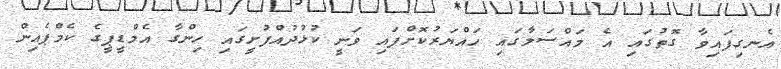
އެނގިފައިވާ ގޮތުގައި އެ މައްސަލާގައި ހައްޔަރުކޮށްފައި ވަނީ ކުޅުދުއްފުށީގައި ހިންގާ އެމްޑީޕީގެ ކެމްޕެއިން